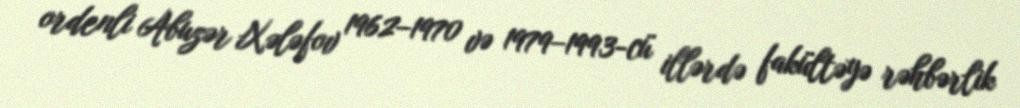
ordenli Abuzər Xələfov 1962–1970 və 1979–1993-cü illərdə fakültəyə rəhbərlik